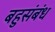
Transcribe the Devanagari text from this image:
बहुसंबंध